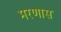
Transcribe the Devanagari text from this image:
मरणास